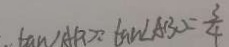
\tan \angle A P D = \tan \angle A B D = \angle \frac { 3 } { 4 }